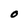
Character: O